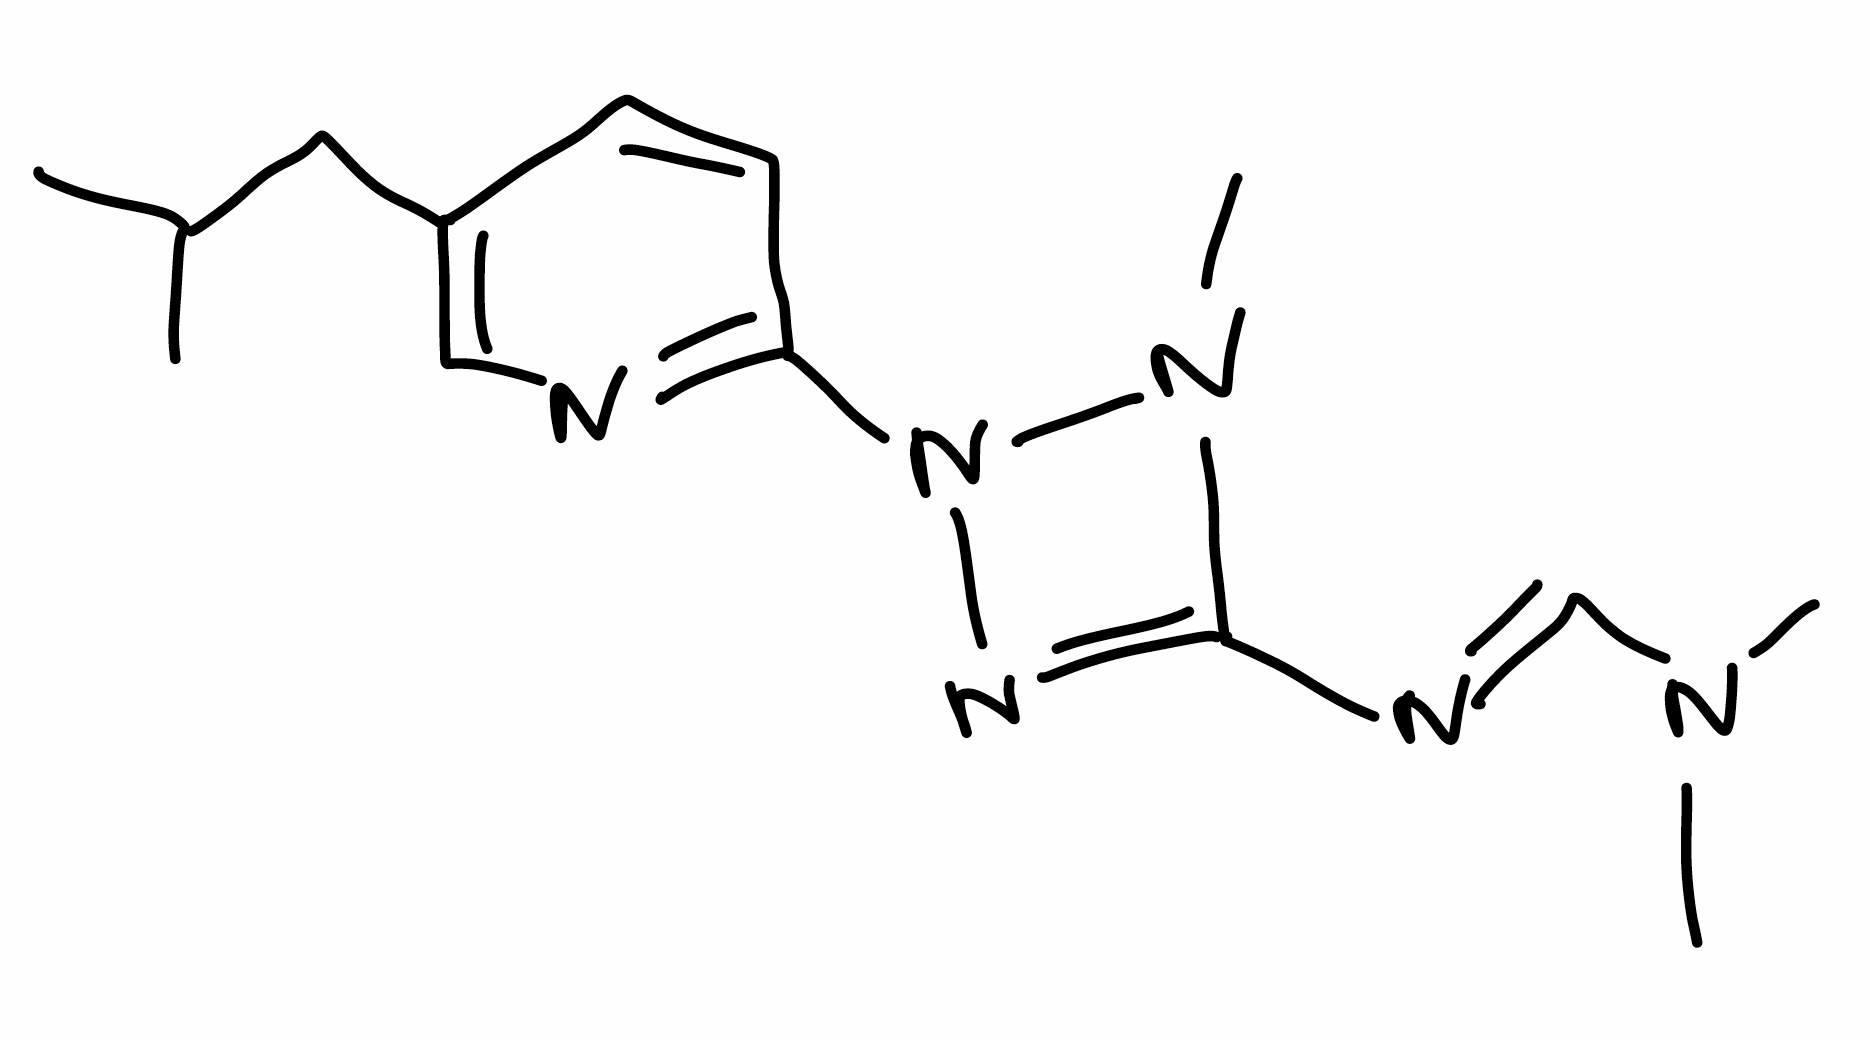
Simplified molecular-input line-entry system (SMILES) notation of the given molecule:
CC(C)CC1=CN=C(C=C1)N2N=C(N2C)/N=C/N(C)C